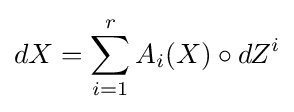
dX=\sum \limits _{i=1}^{r}A_{i}(X)\circ dZ^{i}